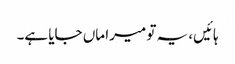
ہائیں، یہ تو میرا ماں جایا ہے۔